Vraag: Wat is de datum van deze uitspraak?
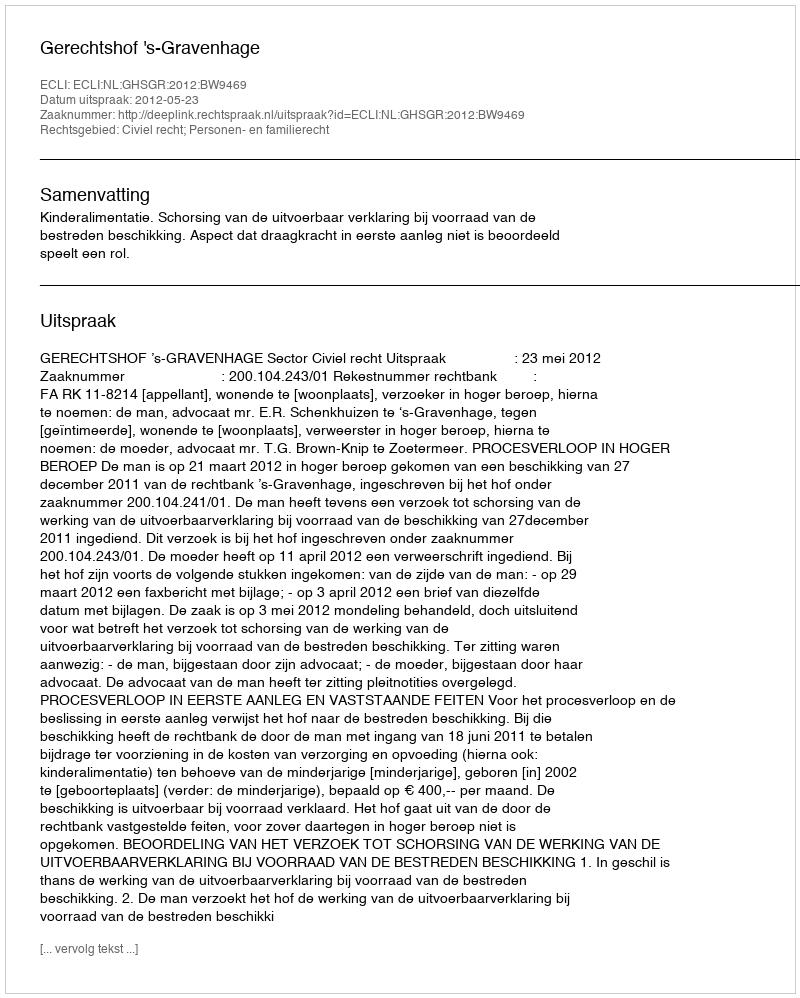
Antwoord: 2012-05-23